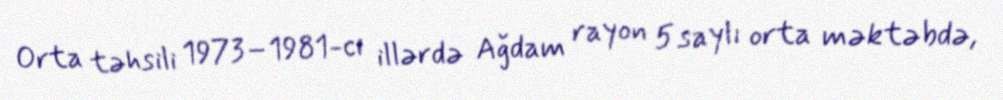
Orta təhsili 1973–1981-ci illərdə Ağdam rayon 5 saylı orta məktəbdə,